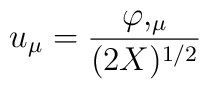
u_{\mu }={\frac{\varphi ,_{\mu }}{(2X)^{1/2}}}